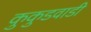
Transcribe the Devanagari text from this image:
कुकुडवाडी